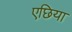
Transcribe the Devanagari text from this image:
एछिया